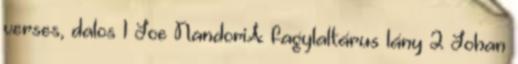
verses, dalos 1 Joe NandoriA fagylaltárus lány 2 Johan